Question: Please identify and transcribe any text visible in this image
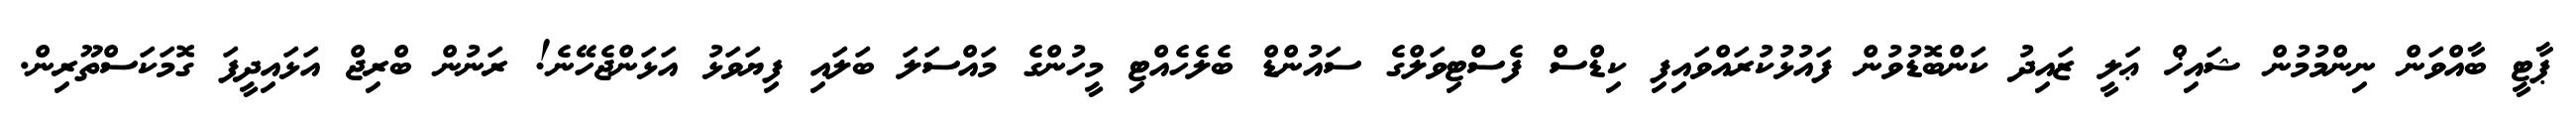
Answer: ޕާޓީ ބާއްވަން ނިންމުމުން ޝައިޚް ޢަލީ ޒައިދު ކަންބޮޑުވުން ފައުޅުކުރައްވައިފި ކިޑްސް ފެސްޓިވަލްގެ ސައުންޑް ބެލެހެއްޓި މީހުންގެ މައްސަލަ ބަލައި ފިޔަވަޅު އަޅަންޖެހޭނެ! ރަނުން ބްރިޖް އަޅައިދީފަ ގޮމަކަސްތޫރިން.